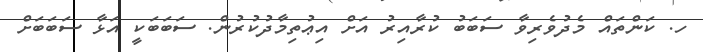
ހ. ކަންތައް މެދުވެރިވާ ސަބަބު ކުރާއިރު އަށް އިޢުތިމާދުކުރުން. ސަބަބަކީ އަޅާ ސަބަބަށް